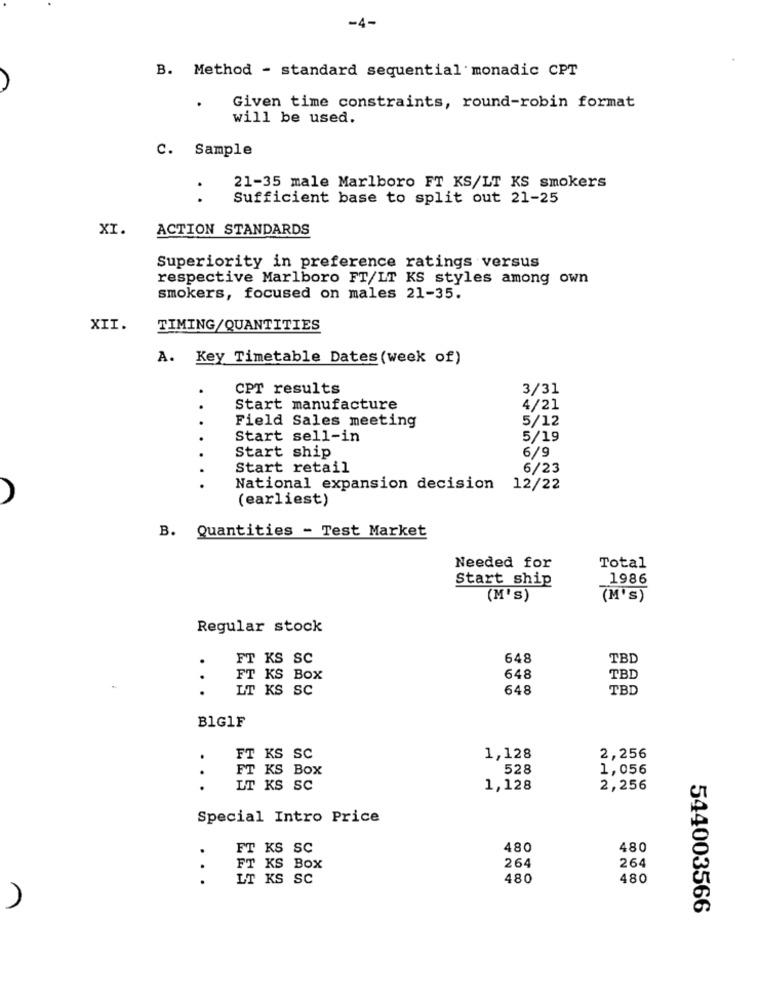
-4-
B. Method - standard sequential monadic CPT
Given time constraints, round-robin format
will be used.
C. Sample
21-35 male Marlboro FT KS/LT KS smokers
. .
Sufficient base to split out 21-25
XI.
ACTION STANDARDS
Superiority in preference ratings versus
respective Marlboro FT/LT KS styles among own
smokers, focused on males 21-35.
XII.
TIMING/QUANTITIES
A. Key Timetable Dates (week of)
CPT results
3/31
..
Start manufacture
4/21
Field Sales meeting
5/12
Start sell-in
5/19
Start ship
6/9
Start retail
6/23
National expansion decision 12/22
A
(earliest)
B. Quantities - Test Market
Needed for
Total
1986
Start ship
(M'S)
(M'S)
Regular stock
.
FT KS SC
648
TBD
.
FT KS BOX
648
TBD
.
LT KS SC
648
TBD
BIG1F
FT KS SC
1,128
2,256
FT KS BOX
528
1,056
. . .
LT KS SC
1,128
2,256
Special Intro Price
.
FT KS SC
480
480
.
FT KS BOX
264
264
LT KS SC
480
480
544003566